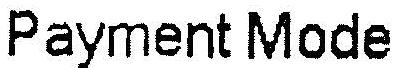
PAYMENT MODE